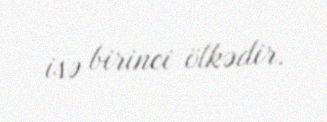
isə birinci ölkədir.